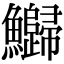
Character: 𬵻